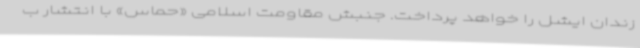
زندان ایشل را خواهد پرداخت. جنبش مقاومت اسلامی «حماس» با انتشار ب